Report on vaccination in Madras 1895-1903 - 1895-1903
Year: 1895
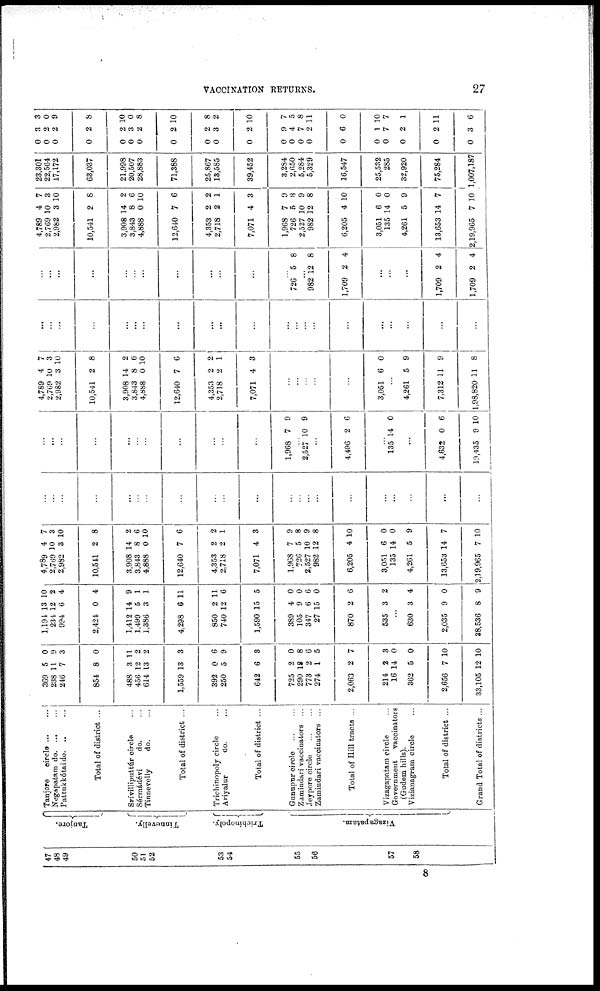
VACCINATION RETURNS.
27
47
48
49
50
51
52
53
54
55
56
57
58
Tanjore.
Tinnevelly.
Trichinopoly.
Vizagapatam.
Tanjore
circle ... ...
Negapatam do. ... ...
Pattukkótai do. ... ...
Total of district ...
Srívilliputtúr circle ...
Sérmádévi
do. ...
Tinnevelly
do. ...
Total of district ...
Trichinopoly circle ...
Ariyalur
do. ...
Total of district ...
Gunupur circle
...
...
Zamindari vaccinators ...
Jeypore circle
...
...
Zamindari vaccinators ...
Total of Hill tracts ...
Vizagapatam circle ...
Government
vaccinators
(Gudem hills).
Vizianagram circle ...
Total of district ...
Grand Total of districts ...
369
238
246
854
488
456
614
1,559
392
250
642
725
290
773
274
2,063
214
16
362
2,656
33,105
5
11
7
8
3
12
13
13
0
5
6
2
12
2
1
2
2
14
5
7
12
0
9
3
0
11
2
2
3
6
9
3
0
8
6
5
7
3
0
0
10
10
1,194
234
994
2,424
1,412
1,499
1,386
4,298
850
740
1,590
389
105
347
27
870
535
13
12
6
0
14
5
3
6
2
12
15
4
9
6
15
2
3
10
2
4
4
9
1
1
11
11
6
5
0
0
6
0
6
2
...
630
2,035
28,536
3
9
8
4
0
9
4,789
2,769
2,982
10,541
3,908
3,843
4,888
12,640
4,353
2,718
7,071
1,968
726
2,527
982
6,205
3,051
135
4,261
13,653
2,19,965
4
10
3
2
14
8
0
7
2
2
4
7
5
10
12
4
6
14
5
14
7
7
3
10
8
2
6
10
6
2
1
3
9
8
9
8
10
0
0
9
7
10
...
...
...
...
...
...
...
...
...
...
...
...
...
...
...
...
...
...
...
...
...
...
...
...
...
...
...
...
...
...
...
1,968 7 9
...
2,527 10 9
...
4,496 2 6
...
135 14 0
...
4,632
19,435
0
9
6
10
4,789
2,769
2,982
10,541
3,908
3,843
4,888
12,640
4,353
2,718
7,071
4
10
3
2
14
8
0
7
2
2
4
7
3
10
8
2
6
10
6
2
1
3
...
...
...
...
3,051 6 0
...
4,261
7,312
1,98,820
5
1
11
9
9
8
...
...
...
...
...
...
...
...
...
...
...
...
...
...
...
...
...
...
...
...
...
...
...
...
...
...
...
...
...
...
...
...
...
726 5 8
... 982
1,709
12
2
8
4
...
...
...
1,709
1,709
2
2
4
4
4,789
2,769
2,982
10,541
3,908
3,843
4,888
12,640
4,353
2,718
7,071
1,968
726
2,527
982
6,205
3,051
135
4,261
13,653
2,19,965
4
10
3
2
14
8
0
7
2
2
4
7
5
10
12
4
6
14
5
14
7
7
3
10
8
2
6
10
6
2
1
3
9
8
9
8
10
0
0
9
7
10
23,301
22,564
17,172
63,037
21,998
20,507
28,883
71,388
25,867
13,585
39,452
3,284
2,650
5,284
5,329
16,547
25,532
285
32,920
75,284
1,007,187
0
0
0
0
0
0
0
0
0
0
0
0
0
0
0
0
0
0
0
0
0
3
2
2
2
2
3
2
2
2
3
2
9
4
7
2
6
1
7
2
2
3
3
0
9
8
10
0
8
10
8
2
10
7
5
8
11
0
10
7
1
1
6
8